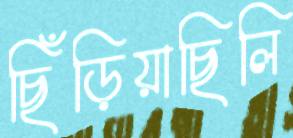
ছিঁড়িয়াছিলি